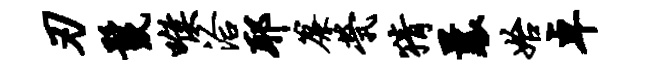
刃鬣喉洽耶帘茕猜曩始卓